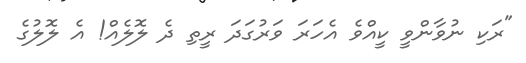
"ރަކި ނުވާންވީ ކީއްވެ އެހަރަ ވަރުގަދަ ރީތި ދެ ލޮލެއް! އެ ލޮލުގެ